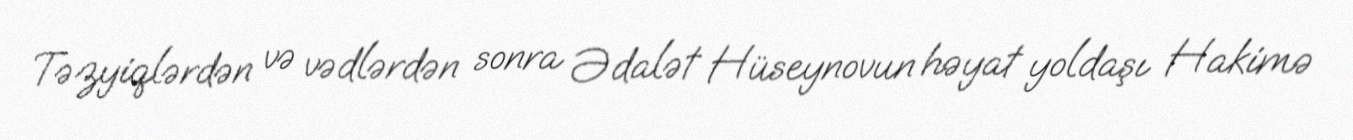
Təzyiqlərdən və vədlərdən sonra Ədalət Hüseynovun həyat yoldaşı Hakimə